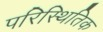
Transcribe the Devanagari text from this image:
परिस्थितिक